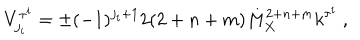
V _ { j _ { i } } ^ { \tau ^ { i } } = \pm ( - 1 ) ^ { j _ { i } + 1 } 2 ( 2 + n + m ) M _ { X } ^ { 2 + n + m } k ^ { \tau ^ { i } } ~ , ~ \,